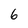
Character: 6